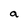
Character: a